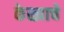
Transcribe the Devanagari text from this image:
केळ्याचे